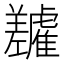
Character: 𬯷